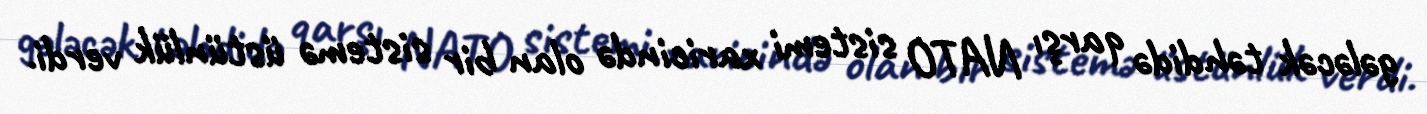
gələcək təhdidə qarşı NATO sistemi xaricində olan bir sistemə üstünlük verdi.